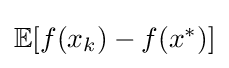
{\textstyle \mathbb {E} [f(x_{k})-f(x^{*})]}